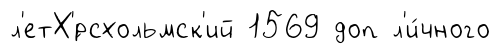
л'етХ'́рсхольмск'ий 1569 доп л'и́чного